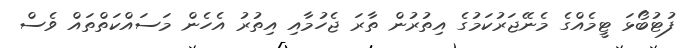
ފުޓުބޯޅަ ޓީމެއްގެ މެނޭޖަރުކަމުގެ އިތުރުން ތާރަ ޖެހުމާއި އިތުރު އެހެން މަސައްކަތްތައް ވެސް